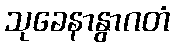
သုခေနာနွာဂတံ